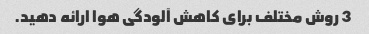
3 روش مختلف برای کاهش آلودگی هوا ارائه دهید.